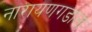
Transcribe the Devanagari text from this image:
नारायणगडाला